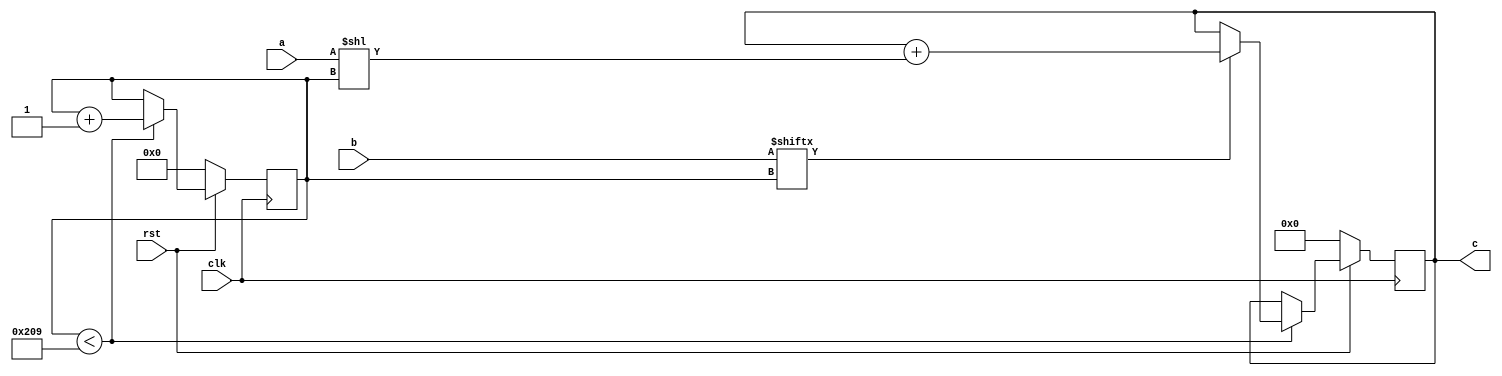
// TalTech large integer multiplier library
// Multiplier type: schoolbook
// Parameters: 521 521 1
// Target tool: genus
module schoolbook(clk, rst, a, b, c);
input clk;
input rst;
input [520:0] a;
input [520:0] b;
output reg [1041:0] c;

// no pipeline vars
reg  [9:0] count;

always @(posedge clk) begin
	if (rst == 1'b0) begin
		c <= 1042'd0;
		count <= 10'd0;
	end
	else begin
		if (count < 521) begin
			if (b[count] == 1) begin
				c <= c + (a << count);
			end
			count <= count + 1;
		end
	end
end
endmodule